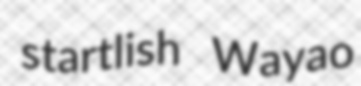
startlish Wayao